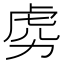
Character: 𱿎